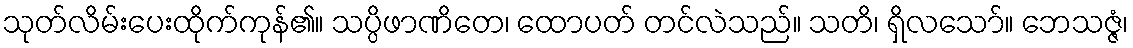
သုတ်လိမ်းပေးထိုက်ကုန်၏။ သပ္ပိဖာဏိတေ၊ ထောပတ် တင်လဲသည်။ သတိ၊ ရှိလသော်။ ဘေသဇ္ဇံ၊